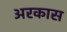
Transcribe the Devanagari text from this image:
अरकास